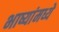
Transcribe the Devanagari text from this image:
भाष्यांमध्ये